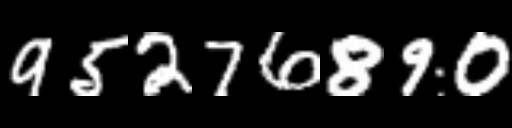
Text: 95276890